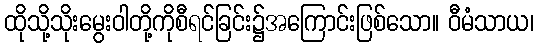
ထိုသို့သိုးမွေးဝါတို့ကိုစီရင်ခြင်း၌အကြောင်းဖြစ်သော။ ဝီမံသာယ၊